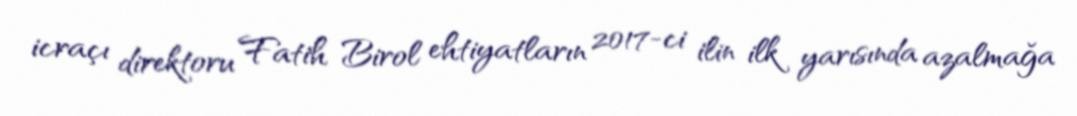
icraçı direktoru Fatih Birol ehtiyatların 2017-ci ilin ilk yarısında azalmağa